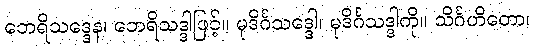
ဘေရိသဒ္ဒေန၊ ဘေရိသဒ္ဒါဖြင့်။ မုဒိင်္ဂသဒ္ဒေါ၊ မုဒိင်္ဂသဒ္ဒါကို။ သိင်္ဂဟိတော၊